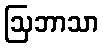
ဩဘာသာ